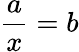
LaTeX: \frac{a}{x}=b